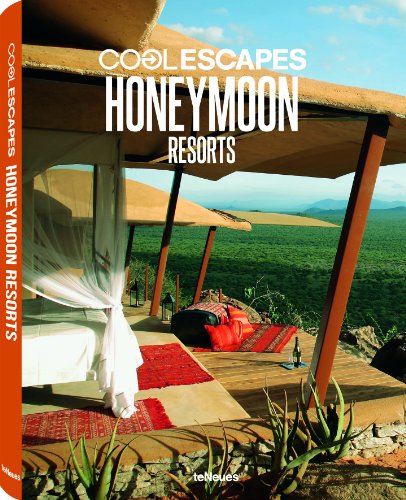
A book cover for Cool Escapes Honeymoon Resorts; Crafts, Hobbies & Home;